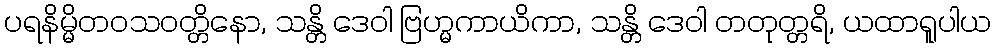
ပရနိမ္မိတဝသဝတ္တိနော, သန္တိ ဒေဝါ ဗြဟ္မကာယိကာ, သန္တိ ဒေဝါ တတုတ္တရိ, ယထာရူပါယ